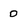
Character: 0